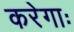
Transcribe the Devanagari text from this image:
करेगाः